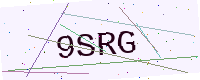
Text: 9SRG